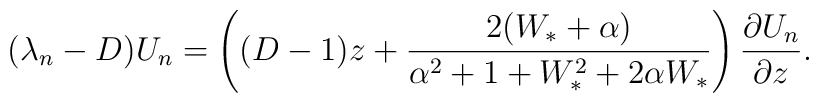
(\lambda_{n}-D)U_{n} = \left((D-1)z+\frac{2(W_{*}+\alpha)}{\alpha^{2} +1 + W_{*}^{2} +2\alpha W_{*}}\right)\frac{\partial U_{n}}{\partial z}.